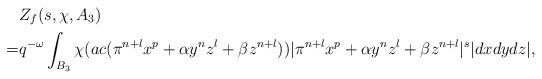
LaTeX: \begin{align*}&Z_f(s, \chi, A_3)\\=& q^{-\omega}\int_{B_3}\chi(ac (\pi^{n+l}x^p+\alpha y^nz^l+\beta z^{n+l}))|\pi^{n+l}x^p+\alpha y^nz^l+\beta z^{n+l}|^s|dxdydz|,\end{align*}